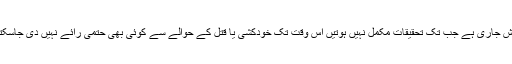
تفتیش جاری ہے جب تک تحقیقات مکمل نہیں ہوتیں اس وقت تک خودکشی یا قتل کے حوالے سے کوئی بھی حتمی رائے نہیں دی جاسکتی ۔